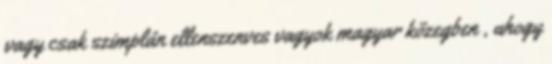
vagy csak szimplán ellenszenves vagyok magyar közegben , ahogy